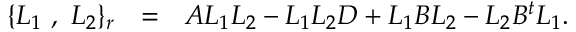
\{ L _ { 1 } ~ , ~ L _ { 2 } \} _ { r } ~ ~ = ~ ~ A L _ { 1 } L _ { 2 } - L _ { 1 } L _ { 2 } D + L _ { 1 } B L _ { 2 } - L _ { 2 } B ^ { t } L _ { 1 } .